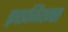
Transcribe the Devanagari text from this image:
फ़्राइजियन्स